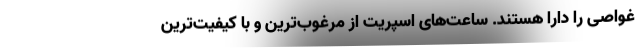
غواصی را دارا هستند. ساعت‌های اسپریت از مرغوب‌ترین و با کیفیت‌ترین